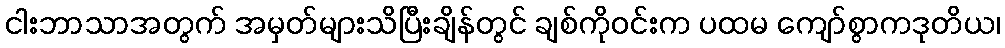
ငါးဘာသာအတွက် အမှတ်များသိပြီးချိန်တွင် ချစ်ကိုဝင်းက ပထမ ကျော်စွာကဒုတိယ၊